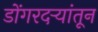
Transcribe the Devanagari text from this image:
डोंगरदर्‍यांतून